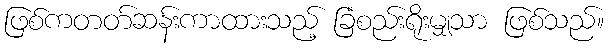
ဖြစ်ကတတ်ဆန်းကာထားသည့် ခြံစည်းရိုးမျှသာ ဖြစ်သည်။